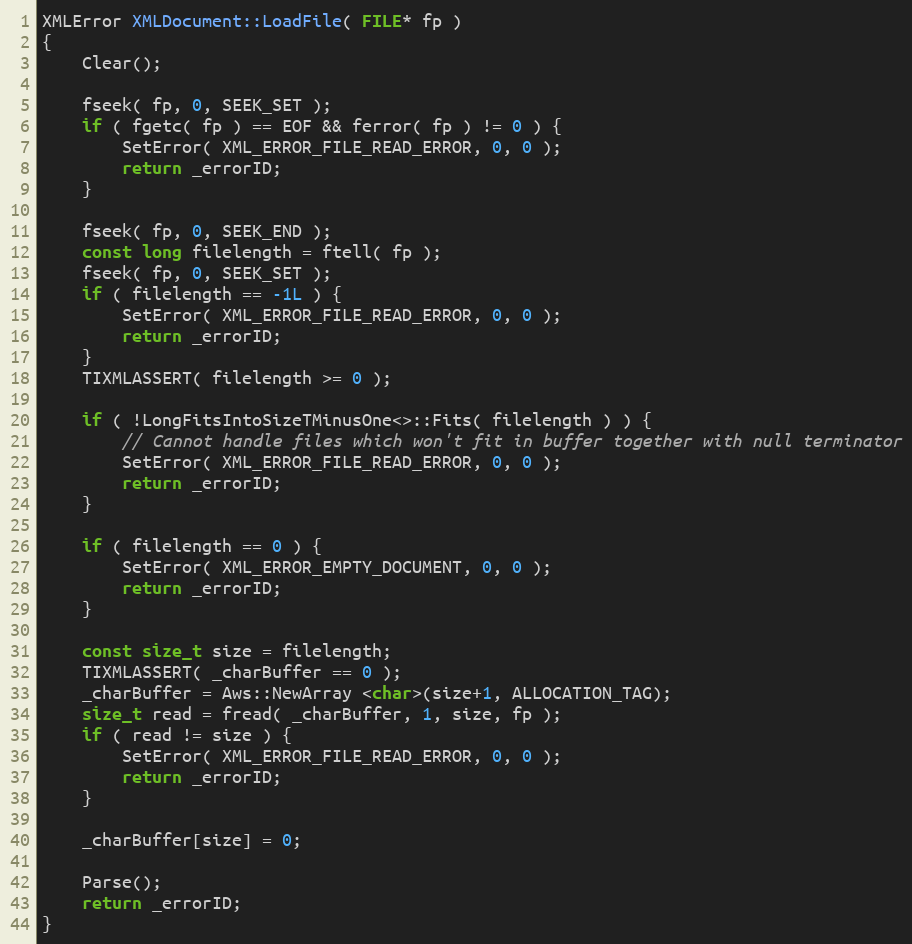
Language: C++
XMLError XMLDocument::LoadFile( FILE* fp )
{
    Clear();

    fseek( fp, 0, SEEK_SET );
    if ( fgetc( fp ) == EOF && ferror( fp ) != 0 ) {
        SetError( XML_ERROR_FILE_READ_ERROR, 0, 0 );
        return _errorID;
    }

    fseek( fp, 0, SEEK_END );
    const long filelength = ftell( fp );
    fseek( fp, 0, SEEK_SET );
    if ( filelength == -1L ) {
        SetError( XML_ERROR_FILE_READ_ERROR, 0, 0 );
        return _errorID;
    }
    TIXMLASSERT( filelength >= 0 );

    if ( !LongFitsIntoSizeTMinusOne<>::Fits( filelength ) ) {
        // Cannot handle files which won't fit in buffer together with null terminator
        SetError( XML_ERROR_FILE_READ_ERROR, 0, 0 );
        return _errorID;
    }

    if ( filelength == 0 ) {
        SetError( XML_ERROR_EMPTY_DOCUMENT, 0, 0 );
        return _errorID;
    }

    const size_t size = filelength;
    TIXMLASSERT( _charBuffer == 0 );
    _charBuffer = Aws::NewArray <char>(size+1, ALLOCATION_TAG);
    size_t read = fread( _charBuffer, 1, size, fp );
    if ( read != size ) {
        SetError( XML_ERROR_FILE_READ_ERROR, 0, 0 );
        return _errorID;
    }

    _charBuffer[size] = 0;

    Parse();
    return _errorID;
}